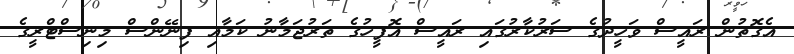
އެގޮތުން ރައީސް ވަހީދުގެ ސަރުކާރުގައި ރައީސް އޮފީހުގެ ތަރުޖަމާނު ކަމާއި ފިނޭންސް މިނިސްޓްރީގެ